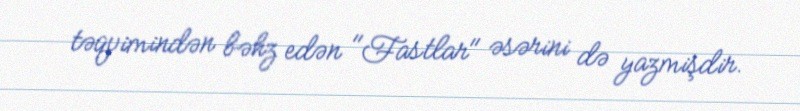
təqvimindən bəhz edən "Fastlar" əsərini də yazmişdir.